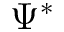
\Psi ^ { * }